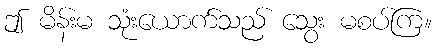
ဤ မိန်းမ သုံးယောက်သည် သွေး မစပ်ကြ။